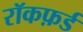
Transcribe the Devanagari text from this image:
रॉकफ़र्ड